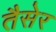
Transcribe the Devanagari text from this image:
तैसेर